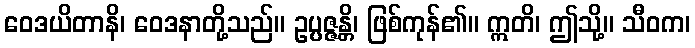
ဝေဒယိတာနိ၊ ဝေဒနာတို့သည်။ ဥပ္ပဇ္ဇန္တိ၊ ဖြစ်ကုန်၏။ ဣတိ၊ ဤသို့။ သီဝက၊